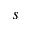
s